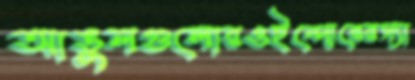
আঙুলগুলোরওইন্দোরেরস্যা